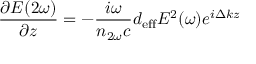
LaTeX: { \frac { \partial E ( 2 \omega ) } { \partial z } } = - { \frac { i \omega } { n _ { 2 \omega } c } } d _ { \mathrm { e f f } } E ^ { 2 } ( \omega ) e ^ { i \Delta k z }